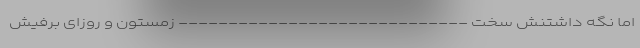
اما نگه داشتنش سخت ----------------------------- زمستون و روزای برفیش